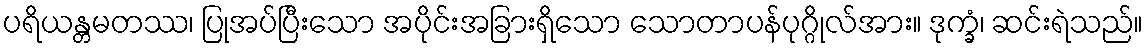
ပရိယန္တမတဿ၊ ပြုအပ်ပြီးသော အပိုင်းအခြားရှိသော သောတာပန်ပုဂ္ဂိုလ်အား။ ဒုက္ခံ၊ ဆင်းရဲသည်။